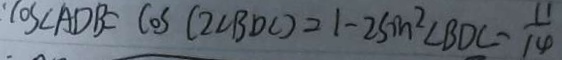
\cos \angle A B D = C O S ( 2 \angle B D C ) = 1 - 2 \sin ^ { 2 } \angle B D C - \frac { 1 1 } { 1 4 }